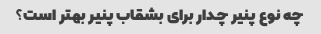
چه نوع پنیر چدار برای بشقاب پنیر بهتر است؟